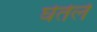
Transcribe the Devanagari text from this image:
घेतेले